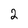
Character: 2